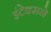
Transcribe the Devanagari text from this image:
इंटेक्सने